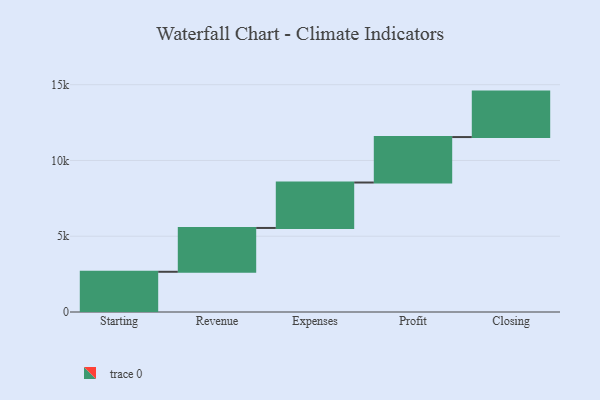
{"axis": {"x": "Step", "y": "Value"}, "legend": [""], "data": [{"x": "Starting", "y": 2654.0, "type": ""}, {"x": "Revenue", "y": 2892.0, "type": ""}, {"x": "Expenses", "y": 2998.0, "type": ""}, {"x": "Profit", "y": 3000, "type": ""}, {"x": "Closing", "y": 3000, "type": ""}]}